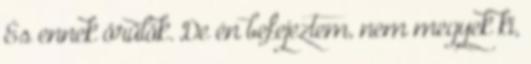
És ennek örülök. De én befejeztem, nem megyek ki,